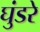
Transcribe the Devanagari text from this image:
घुंडरे